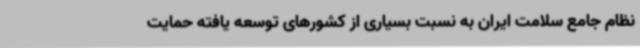
نظام جامع سلامت ایران به نسبت بسیاری از کشورهای توسعه یافته حمایت